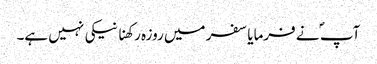
آپ ؐ نے فرمایا سفر میں روزہ رکھنا نیکی نہیں ہے۔